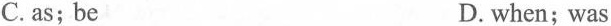
C. as; be D. when; was